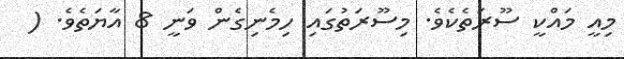
މިއީ މައްކީ ސޫރަތެކެވެ. މިސޫރަތުގައި ހިމެނިގެން ވަނީ 8 އާޔަތެވެ. (